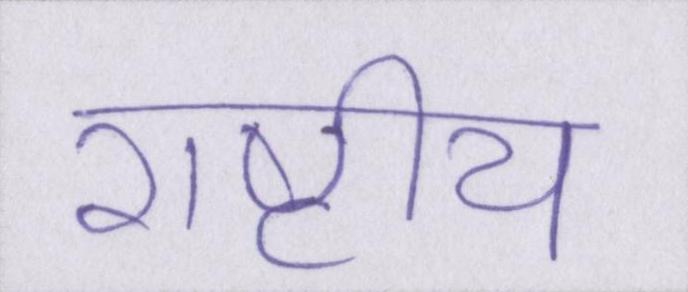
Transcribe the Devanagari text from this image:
राष्टीय